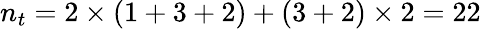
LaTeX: n_{t}=2\times(1+3+2)+(3+2)\times 2=22